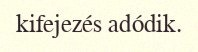
kifejezés adódik.